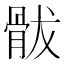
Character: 䯋